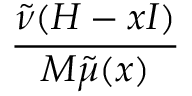
\frac { \tilde { \nu } ( H - x I ) } { M \tilde { \mu } ( x ) }